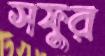
সফুর